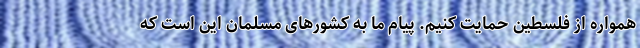
همواره از فلسطین حمایت کنیم. پیام ما به کشورهای مسلمان این است که